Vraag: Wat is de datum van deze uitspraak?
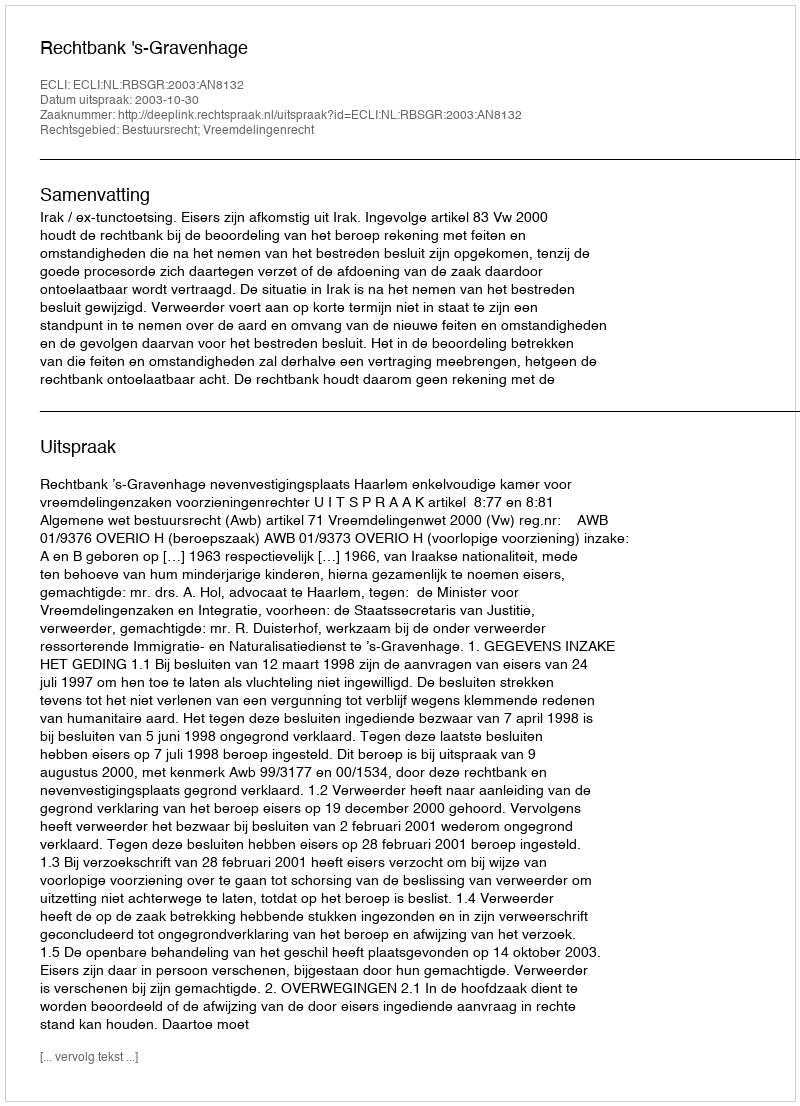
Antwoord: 2003-10-30